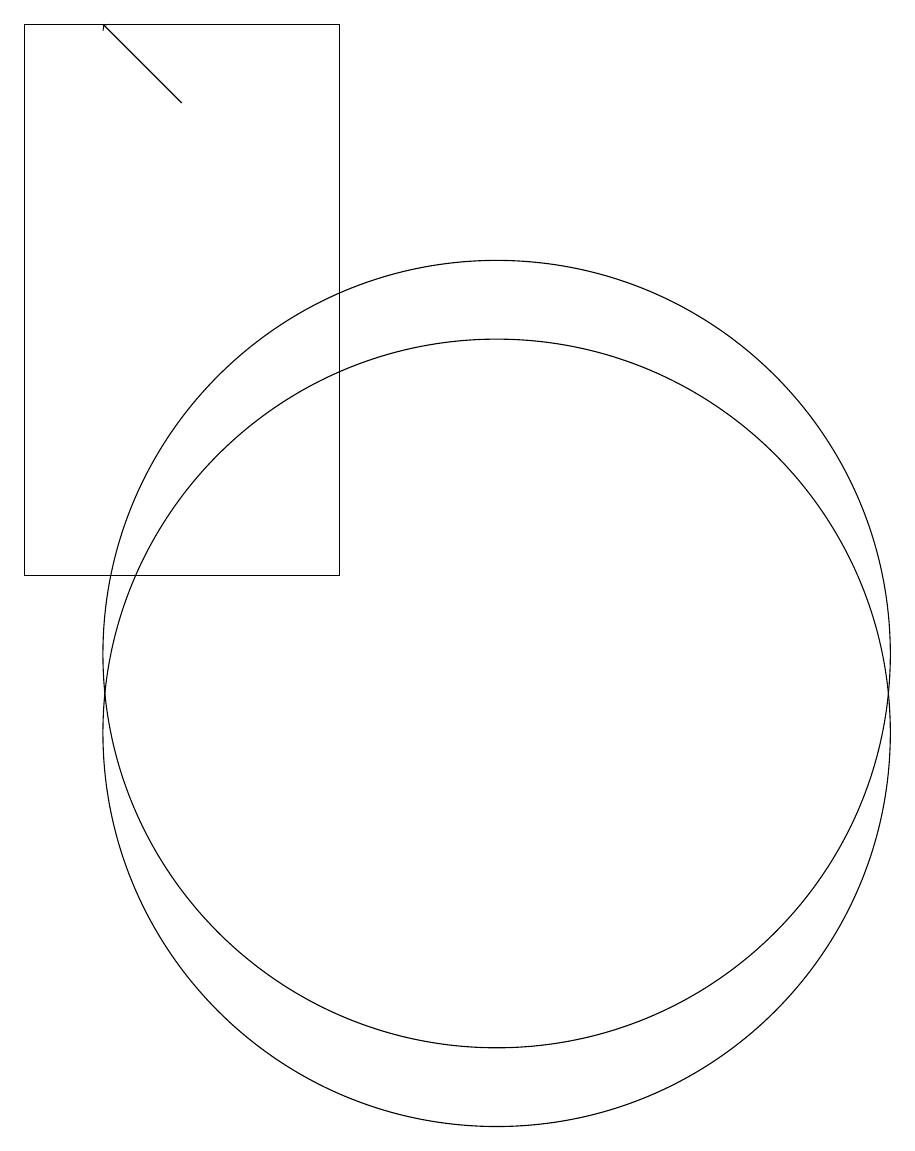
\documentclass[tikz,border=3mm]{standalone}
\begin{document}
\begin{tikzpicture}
\draw (11,11) circle (5);
\draw[->] (7,18) -- (6,19);
\draw (9,19) rectangle (5,12);
\draw (11,10) circle (5);
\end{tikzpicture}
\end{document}